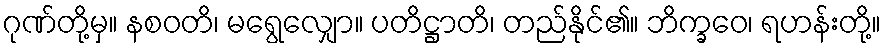
ဂုဏ်တို့မှ။ နစဝတိ၊ မရွေလျှော။ ပတိဋ္ဌာတိ၊ တည်နိုင်၏။ ဘိက္ခဝေ၊ ရဟန်းတို့။